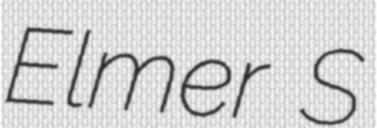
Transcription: Elmer S